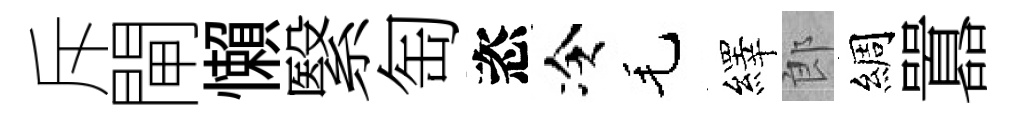
斥閘懶繄匋恣冷毛繹郎綢囂